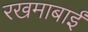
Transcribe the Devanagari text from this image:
रखमाबाईं